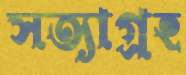
সত্যাগ্রহ